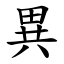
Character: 異